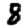
Digit: 8